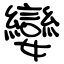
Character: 孌